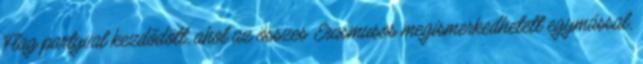
Flag partyval kezdődött, ahol az összes Erasmusos megismerkedhetett egymással,